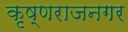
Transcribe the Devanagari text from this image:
कृष्णराजनगर